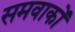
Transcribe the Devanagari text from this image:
समवाकों